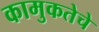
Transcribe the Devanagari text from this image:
कामुकतेचे